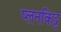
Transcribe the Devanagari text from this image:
प्लनकिट्ट